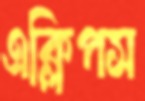
এক্লিপস